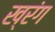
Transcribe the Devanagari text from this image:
ख्रंग